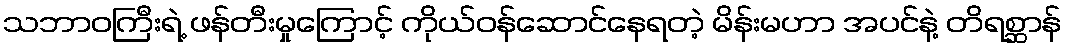
သဘာဝကြီးရဲ့ ဖန်တီးမှုကြောင့် ကိုယ်ဝန်ဆောင်နေရတဲ့ မိန်းမဟာ အပင်နဲ့ တိရစ္ဆာန်